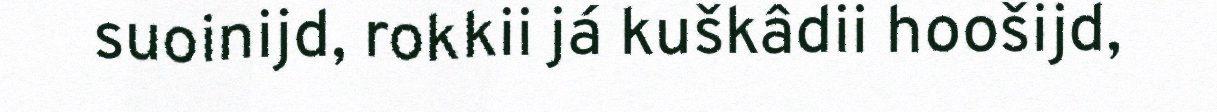
suoinijd, rokkii já kuškâdii hoošijd,